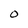
Character: O